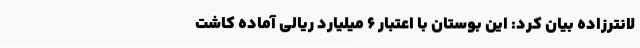
لانترزاده بیان کرد: این بوستان با اعتبار 6 میلیارد ریالی آماده کاشت